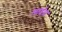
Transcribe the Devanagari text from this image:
लाईटा